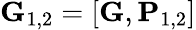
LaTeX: \mathbf{G}_{1,2}=[\mathbf{G},\mathbf{P}_{1,2}]